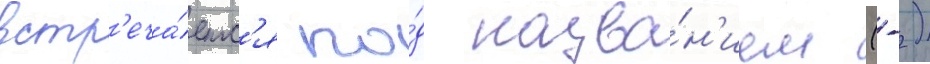
встр'еча́етс'я по́д назва́н'ием (-)